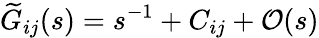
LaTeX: \widetilde{G}_{ij}(s)=s^{-1}+C_{ij}+\mathcal{O}(s)